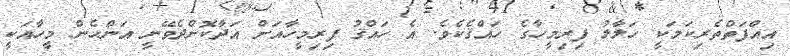
އިއްފަތްތެރިކަމަކީ ހަލާލު ފިރިމީހާގެ ހައްޤެކެވެ. އެ ހައްޤު ފިރިމީހާއަށް އަދާކޮށްދެވޭނީ އަންހެން މީހާއަކީ